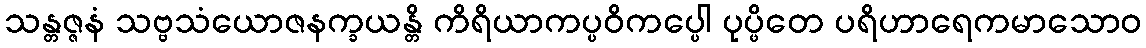
သန္တဇ္ဇနံ သဗ္ဗသံယောဇနက္ခယန္တိ ကိရိယာကပ္ပဝိကပ္ပေါ ပုပ္ဖိတေ ပရိဟာရေကမာသောဝ